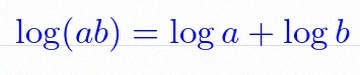
\log(ab)=\log a+\log b